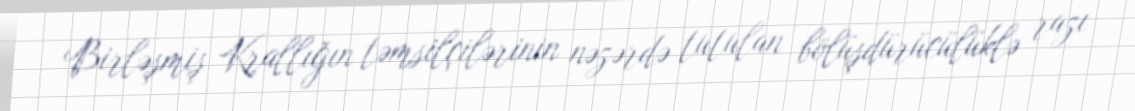
Birləşmiş Krallığın təmsilçilərinin nəzərdə tutulan bölüşdürücülüklə razı